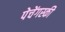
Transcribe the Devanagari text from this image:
पेचेंगस्की